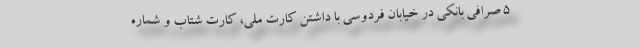
۵ صرافی بانکی در خیابان فردوسی با داشتن کارت ملی، کارت شتاب و شماره